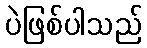
ပဲဖြစ်ပါသည်